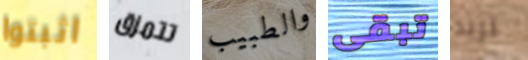
اثبتوا تتمزق والطبيب تبقى تريد